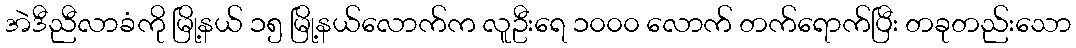
အဲဒီညီလာခံကို မြို့နယ် ၁၅ မြို့နယ်လောက်က လူဦးရေ ၁၀၀၀ လောက် တက်ရောက်ပြီး တခုတည်းသော